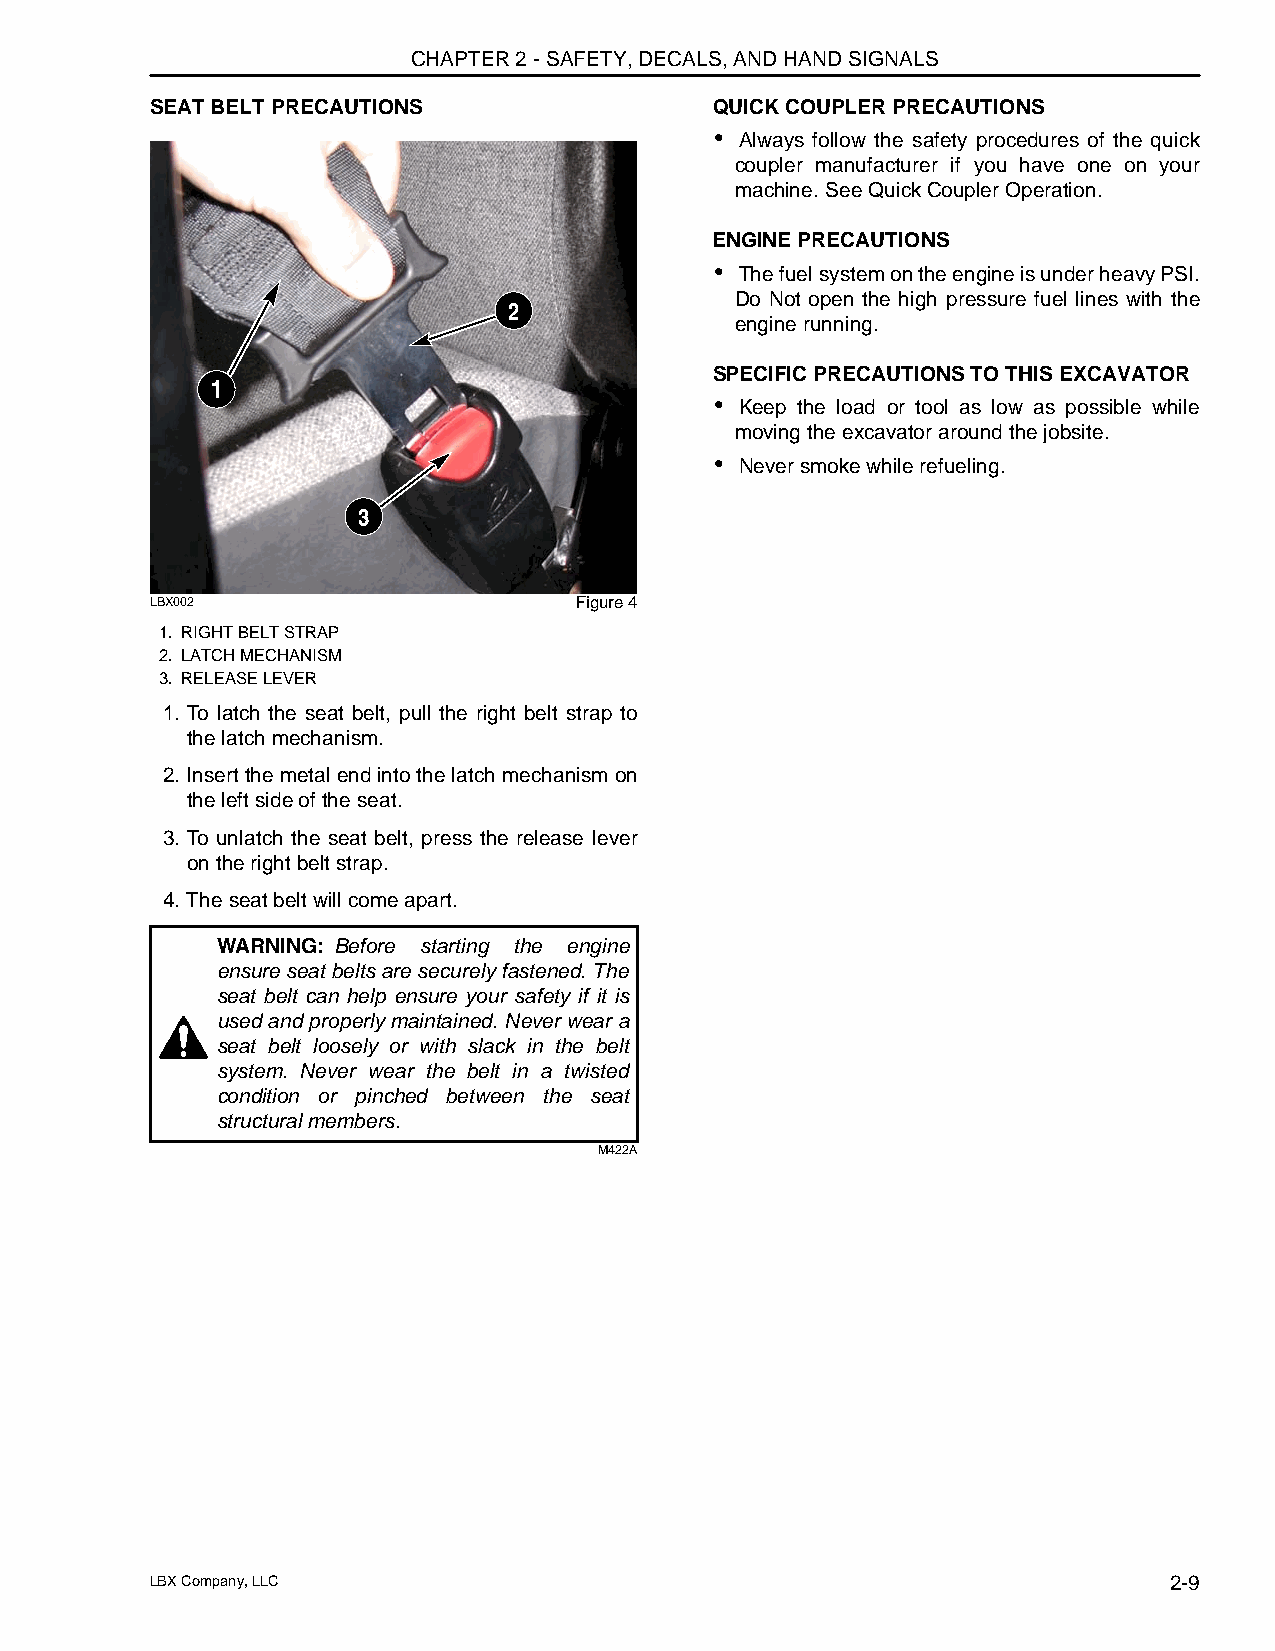
CHAPTER 2 - SAFETY, DECALS, AND HAND SIGNALS
 SEAT BELT PRECAUTIONS                QUICK COUPLER PRECAUTIONS
 • Always follow the safety procedures of the quick
 coupler manufacturer if you have one on your
 machine. See Quick Coupler Operation.
 ENGINE PRECAUTIONS
 • The fuel system on the engine is under heavy PSI.
 Do Not open the high pressure fuel lines with the
 2
 engine running.
 SPECIFIC PRECAUTIONS TO THIS EXCAVATOR
 1
 • Keep the load or tool as low as possible while
 moving the excavator around the jobsite.
 • Never smoke while refueling.
 3
 LBX002                      Figure 4
 1. RIGHT BELT STRAP
 2. LATCH MECHANISM
 3. RELEASE LEVER
 1. To latch the seat belt, pull the right belt strap to
 the latch mechanism.
 2. Insert the metal end into the latch mechanism on
 the left side of the seat.
 3. To unlatch the seat belt, press the release lever
 on the right belt strap.
 4. The seat belt will come apart.
 WARNING: Before starting the engine
 ensure seat belts are securely fastened. The
 seat belt can help ensure your safety if it is
 used and properly maintained. Never wear a
 seat belt loosely or with slack in the belt
 system. Never wear the belt in a twisted
 condition or pinched between the seat
 structural members.
 M422A
 LBX Company, LLC                                                   2-9